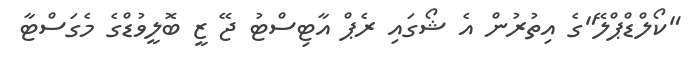
"ކޯލްޑްޕްލޭ"ގެ އިތުރުން އެ ޝޯގައި ރެޕް އާޓިސްޓު ޖޭ ޒީ ބޮލީވުޑްގެ މެގަސްޓާ